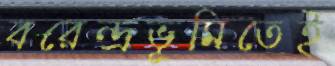
বরেন্দ্রভূমিতেই